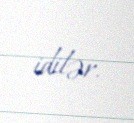
idilər.